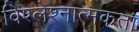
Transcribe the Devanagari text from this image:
विश्लेश्नात्मकता